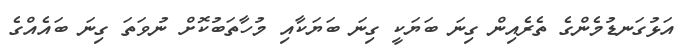
އަޅުގަނޑުމެންގެ ތެރެއިން ގިނަ ބަޔަކީ ގިނަ ބަޔަކާއި މުހާތަބުކޮށް ނުވަތަ ގިނަ ބައެއްގެ